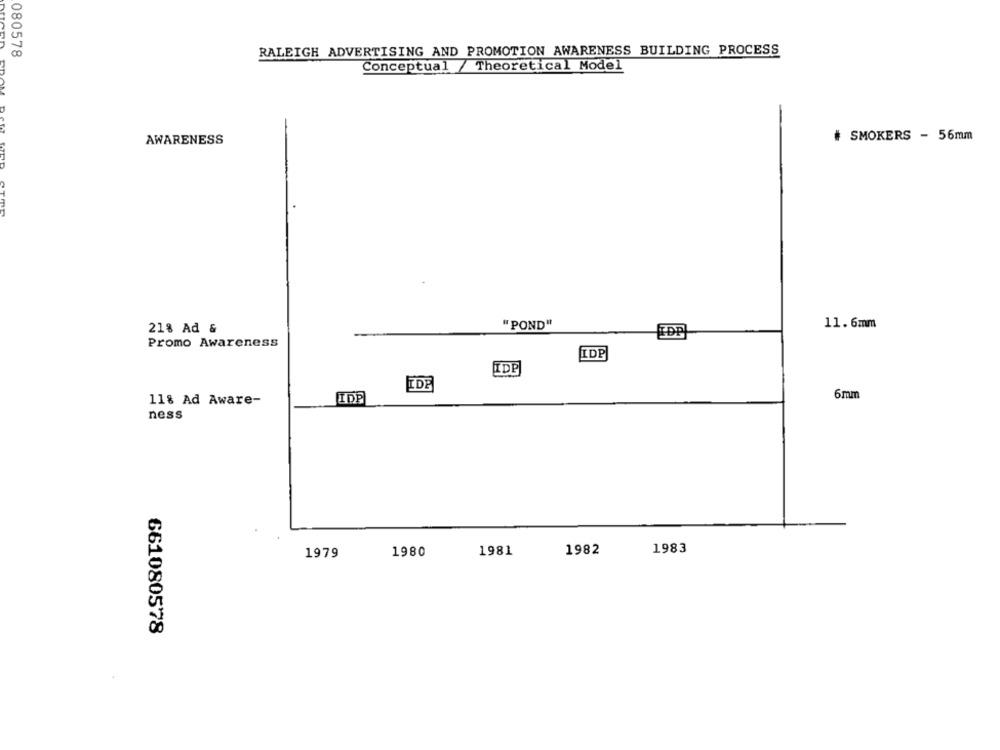
080578
RALEIGH ADVERTISING AND PROMOTION AWARENESS BUILDING PROCESS
Conceptual / Theoretical Model
# SMOKERS - 56mm
AWARENESS
218 Ad &
"POND"
11. 6mm
EDP
Promo Awareness
IDP
IDP
IDE
6mm
11% Ad Aware-
IDE
ness
1983
1979
1980
1981
1982
661080578